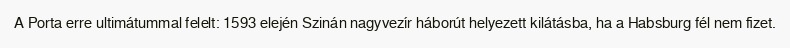
A Porta erre ultimátummal felelt: 1593 elején Szinán nagyvezír háborút helyezett kilátásba, ha a Habsburg fél nem fizet.